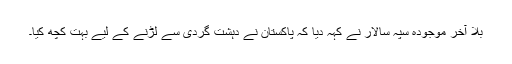
بلا آخر موجودہ سپہ سالار نے کہہ دیا کہ پاکستان نے دہشت گردی سے لڑنے کے لیے بہت کچھ کیا۔